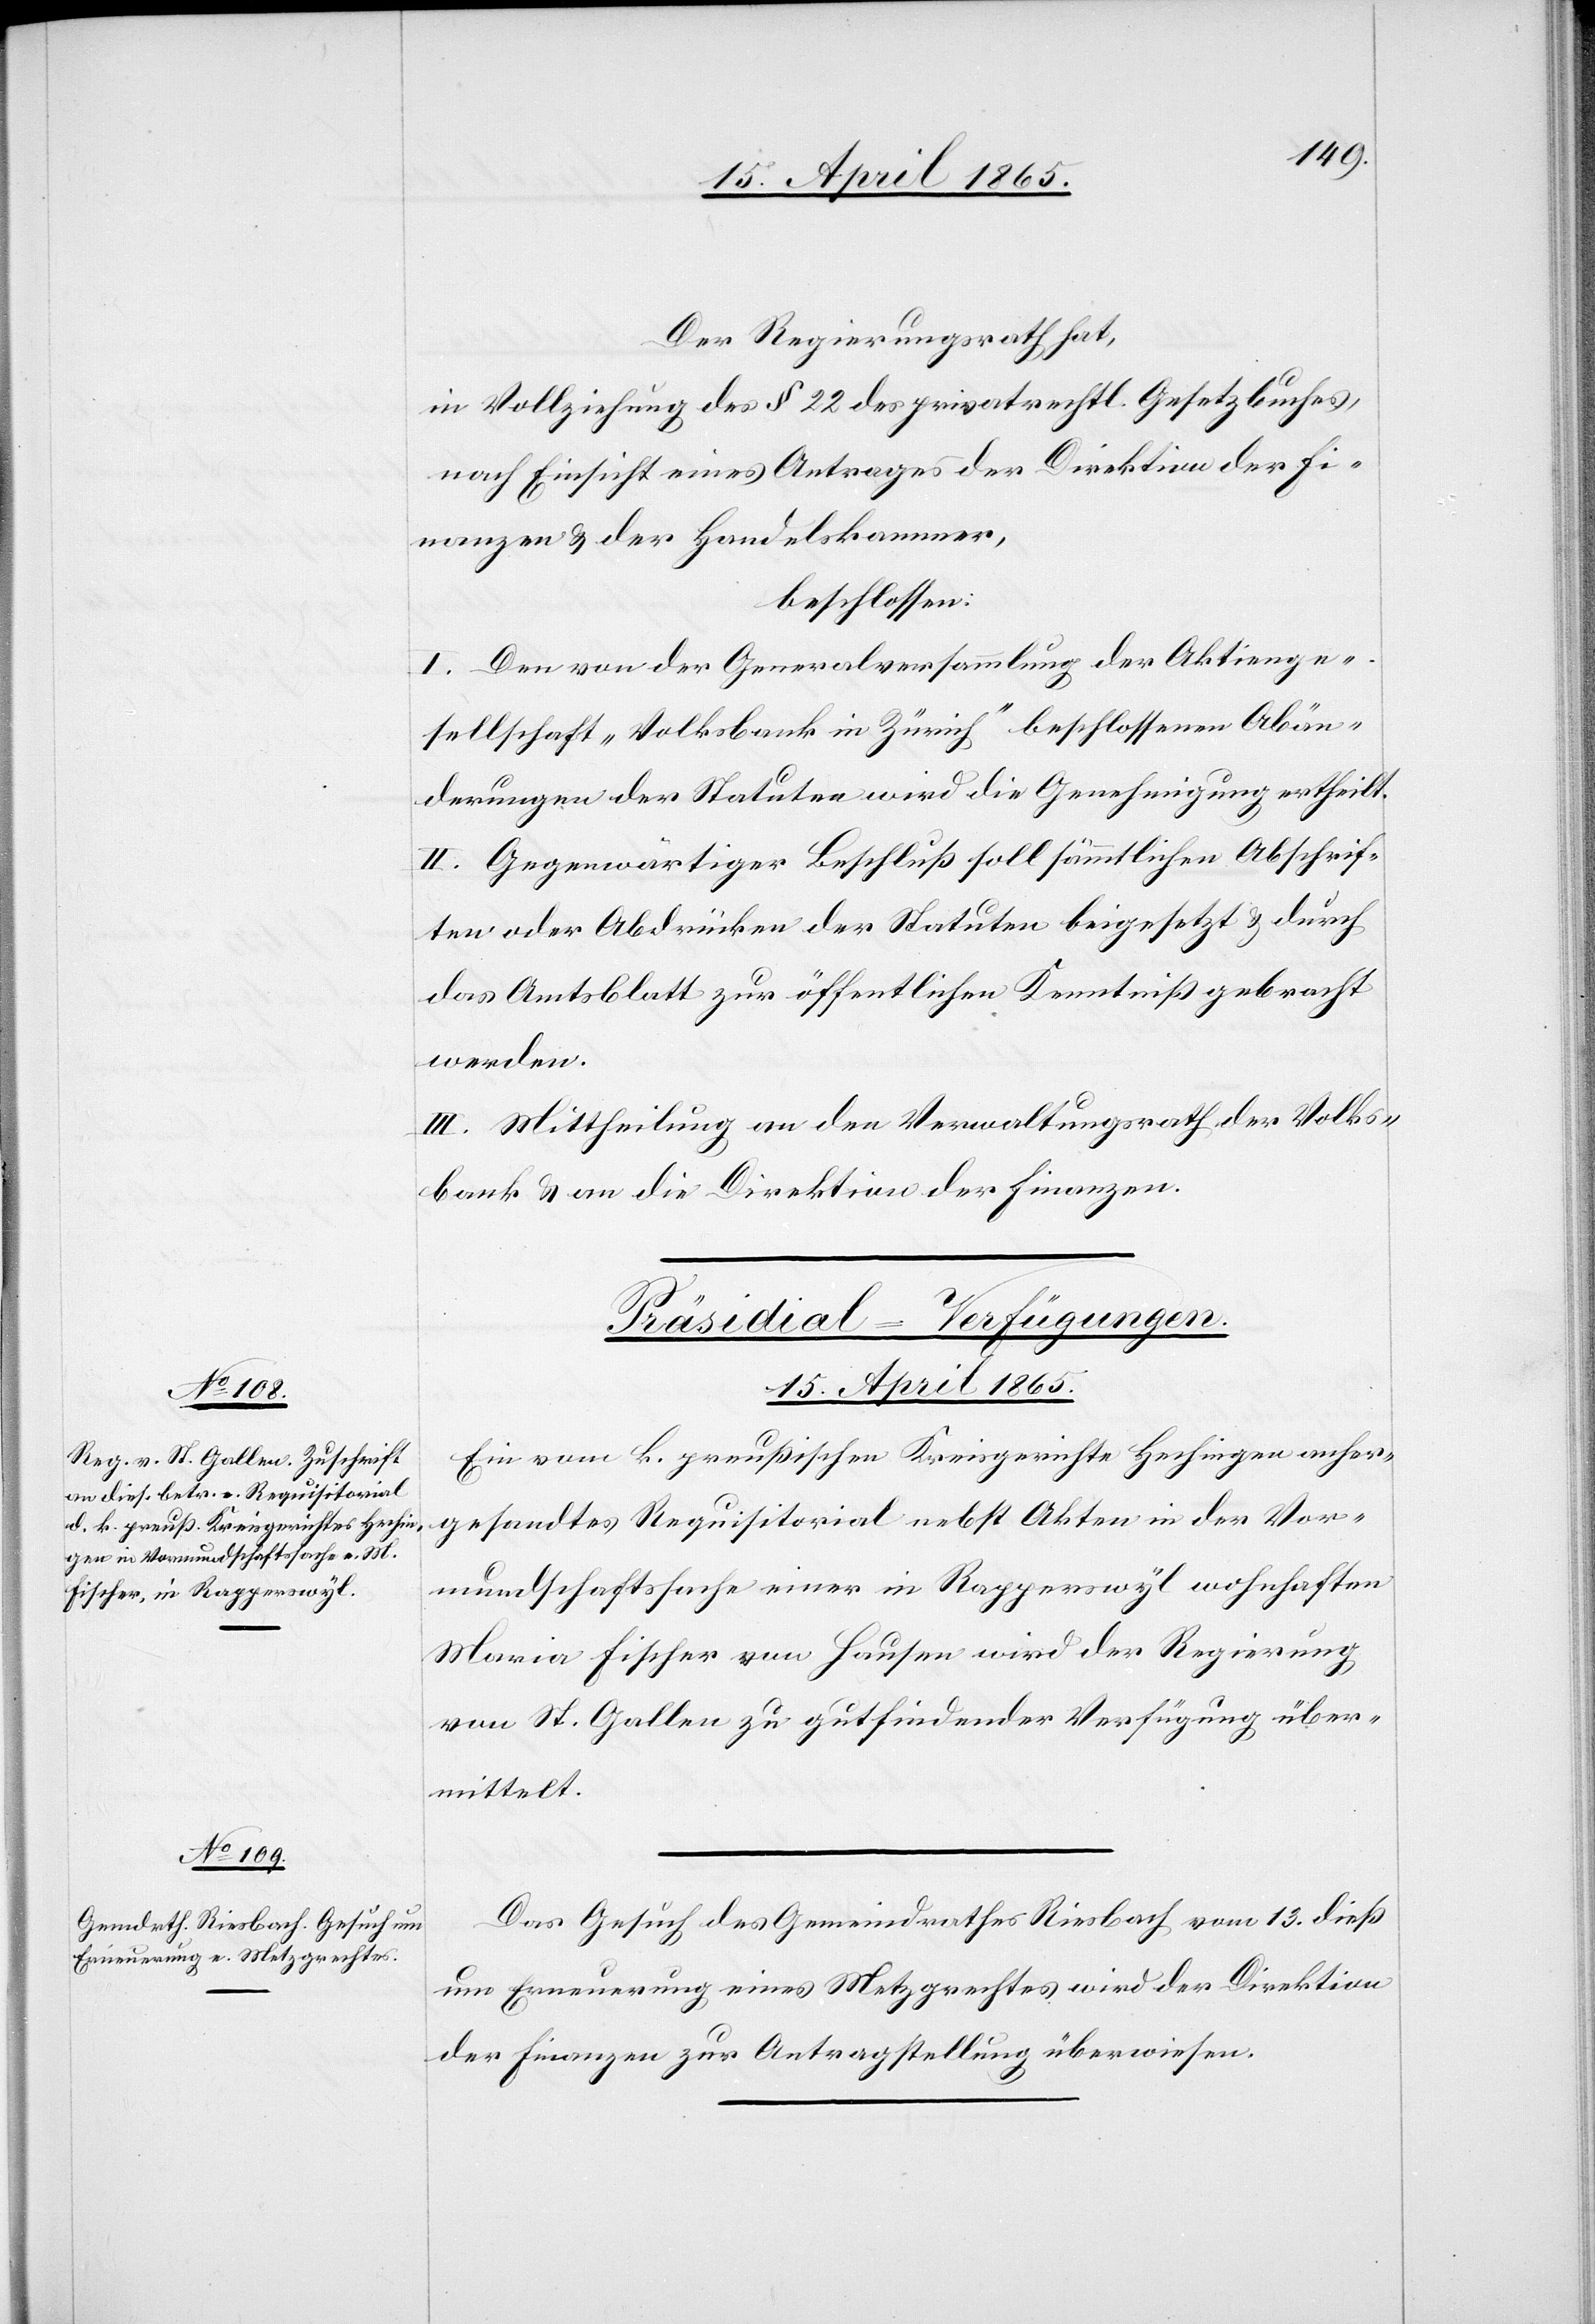
Der Regierungsrath hat,
in Vollziehung des § 22 des privatrechtl. Gesetzbuches,
nach Einsicht eines Antrages der Direktion der Fi¬
nanzen & der Handelskammer,
beschlossen:
I. Den von der Generalversammlung der Aktienge¬
sellschaft „Volksbank in Zürich“ beschlossenen Abän¬
derungen der Statuten wird die Genehmigung ertheilt.
II. Gegenwärtiger Beschluß soll sämmtlichen Abschrif¬
ten oder Abdrücken der Statuten beigesetzt & durch
das Amtsblatt zur öffentlichen Kenntniß gebracht
werden.
III. Mittheilung an den Verwaltungsrath der Volks¬
bank & an die Direktion der Finanzen.
[Präsidial-Verfügungen.
15. April 1865.]
Ein vom k. preußischen Kreisgerichte Hechingen anher¬
gesandtes Requisitorial nebst Akten in der Vor¬
mundschaftssache einer in Rapperswyl wohnhaften
Maria Fischer von Hausen wird der Regierung
von St. Gallen zu gutfindender Verfügung über¬
mittelt.
Das Gesuch des Gemeindrathes Riesbach vom 13. dieß
um Erneuerung eines Meztgrechtes wird der Direktion
der Finanzen zur Antragstellung überwiesen.